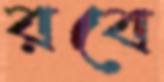
রবে